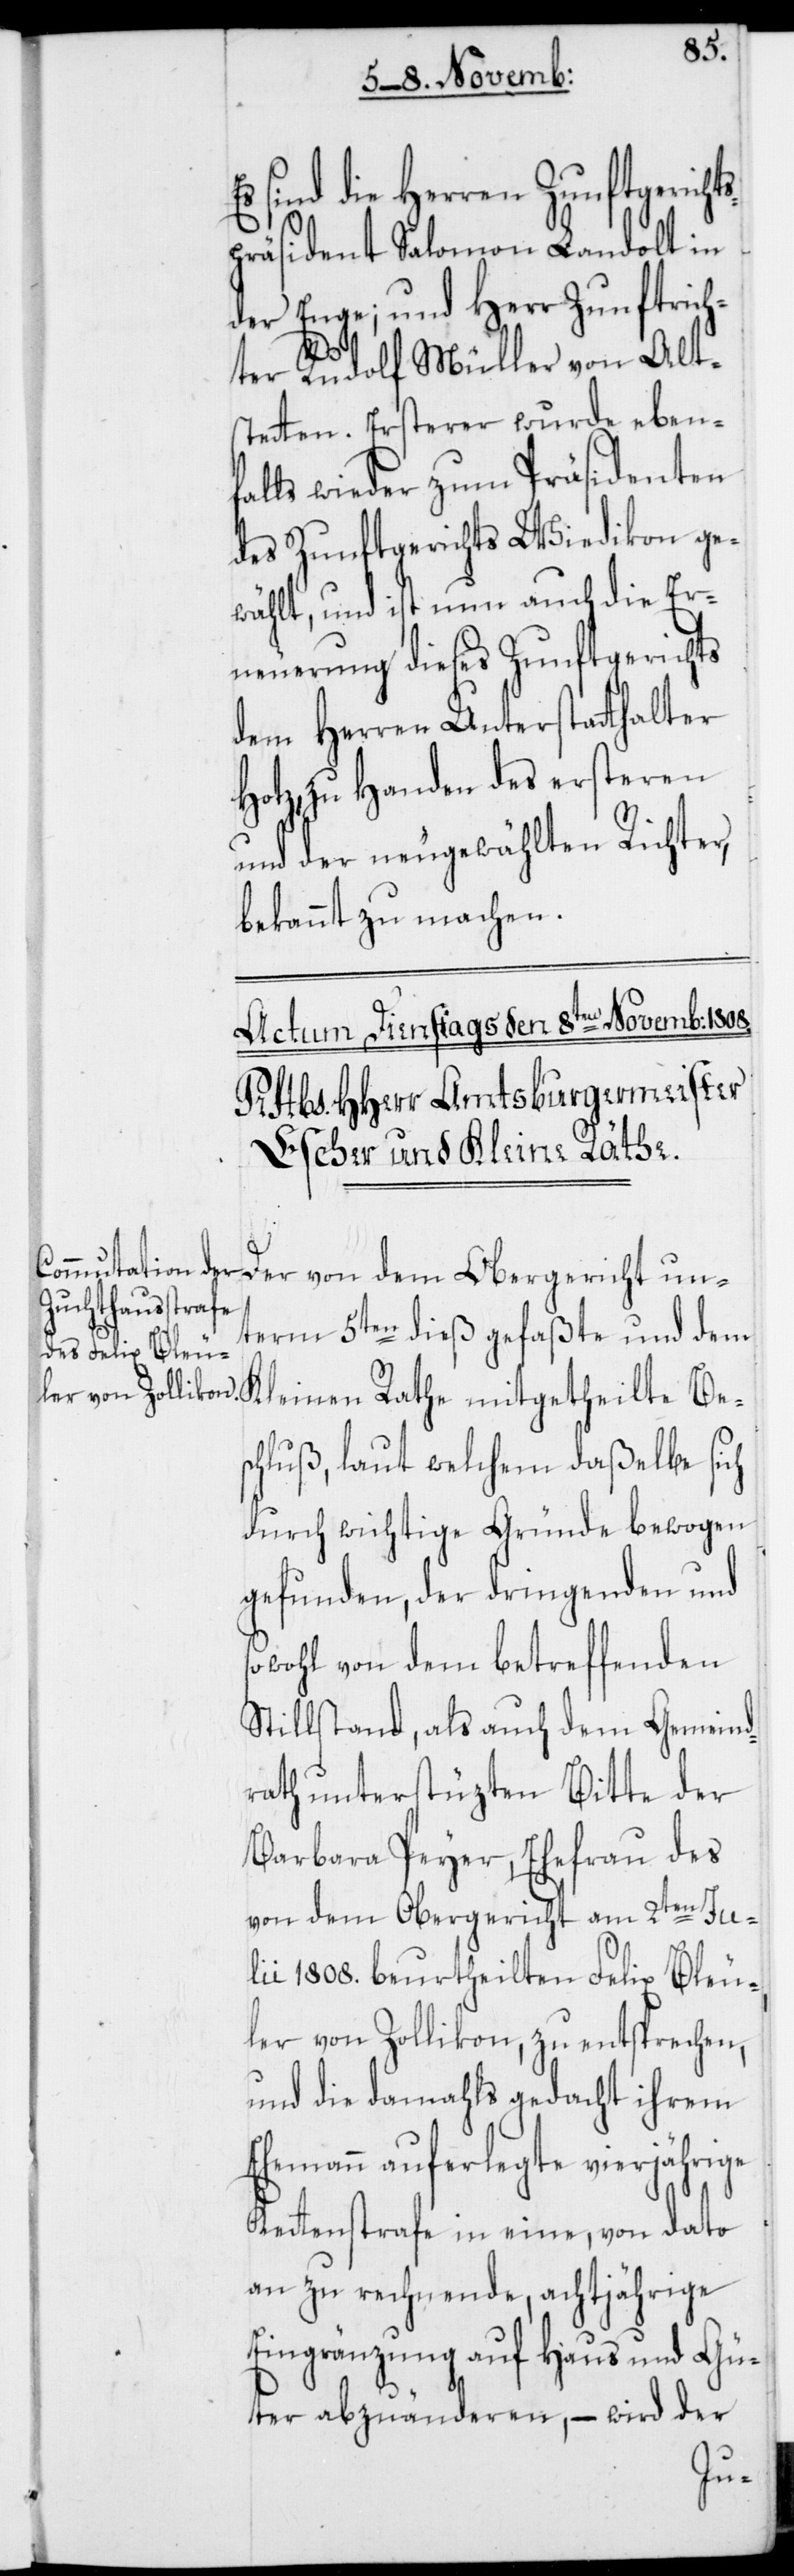
sind die Herren Zunftgerich¬
präsident Salomon Landolt in
der Enge; und Herr Zunftrich¬
ter Rudolf Müller von Alt¬
stetten. Ersterer wurde eben¬
falls wieder zum Präsidenten
des Zunftgerichts Wiedikon ge¬
wählt, und ist nun auch die Er¬
neuerung dieses Zunftgerichts
dem Herren Unterstatthalter
Hotz, zu Handen des ersteren
und der neugewählten Richter,
bekannt zu machen.
term 5ten dieß gefaßte und dem
schluß, laut welchem daßelbe sich
durch wichtige Gründe bewogen
gefunden, der dringenden und
sowohl von dem betreffenden
Stillstand, als auch dem Gemeind¬
rath unterstüzten Bitte der
Barbara Peyer, Ehefrau des
von dem Obergericht am 2ten Juli¬
i 1808. beurtheilten Felix Bleu¬
ler von Zollikon, zu entsprechen,
und die damahls gedacht ihrem
mann auferlegte vierjährige
Kettenstrafe in eine, von dato
an zu rechnende, achtjährige
Eingränzung auf Haus und Gü¬
ter abzuänderen, – wird der
Ehe¬